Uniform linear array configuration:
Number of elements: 64
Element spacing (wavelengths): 0.5
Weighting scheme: kaiser
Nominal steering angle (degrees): -15
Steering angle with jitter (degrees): -15.779
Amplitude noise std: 0.05
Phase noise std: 0.05

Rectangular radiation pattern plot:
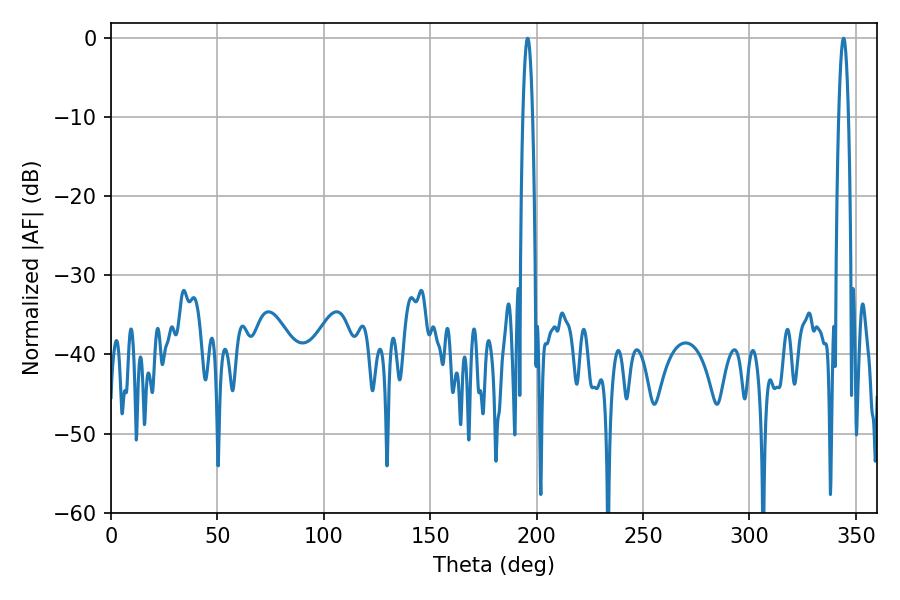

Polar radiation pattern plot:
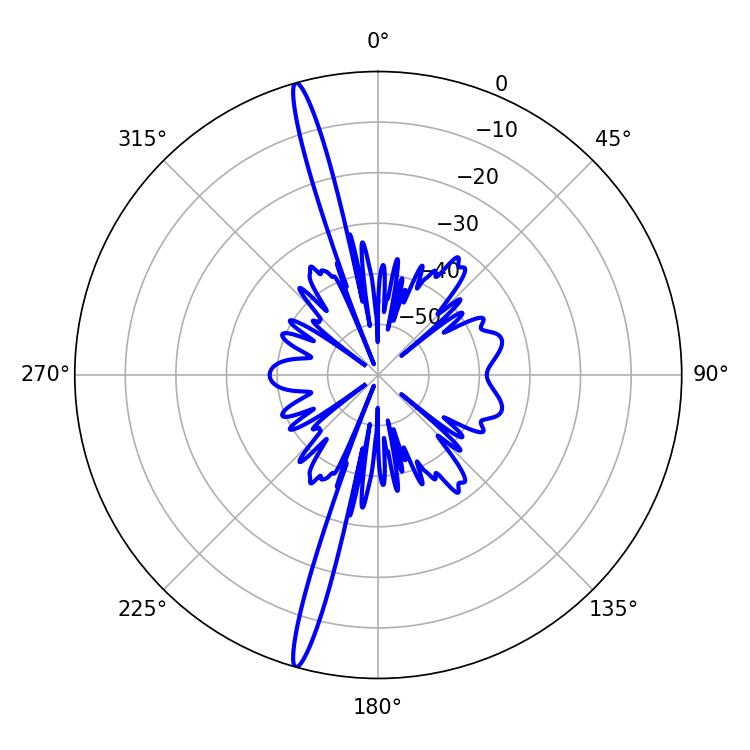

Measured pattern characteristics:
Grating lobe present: FALSE
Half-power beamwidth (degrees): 2.34
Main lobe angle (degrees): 344.16